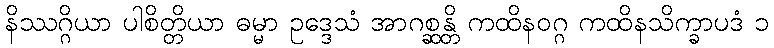
နိဿဂ္ဂိယာ ပါစိတ္တိယာ ဓမ္မာ ဥဒ္ဒေသံ အာဂစ္ဆန္တိ ကထိနဝဂ္ဂ ကထိနသိက္ခာပဒံ ၁